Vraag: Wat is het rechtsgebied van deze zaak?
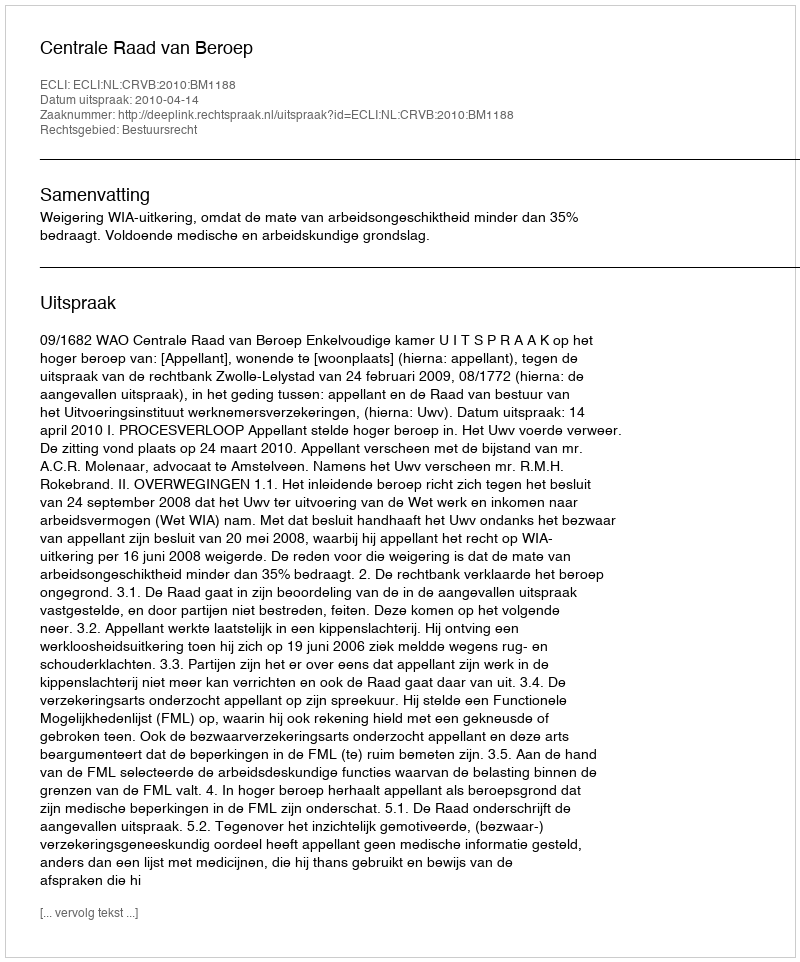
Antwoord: Bestuursrecht